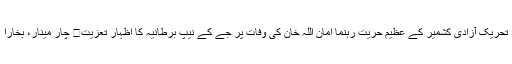
تحریک آزادی کشمیر کے عظیم حریت رہنما امان اللہ خان کی وفات پر جے کے نیپ برطانیہ کا اظہار تعزیت	 چار مینار، بخارا